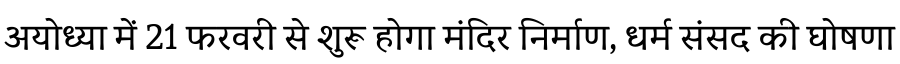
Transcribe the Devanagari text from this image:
अयोध्या में 21 फरवरी से शुरू होगा मंदिर निर्माण, धर्म संसद की घोषणा